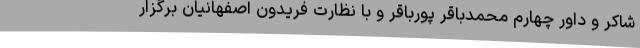
شاکر و داور چهارم محمدباقر پورباقر و با نظارت فریدون اصفهانیان برگزار